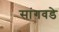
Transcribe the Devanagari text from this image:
सांगवडे